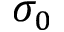
\sigma _ { 0 }